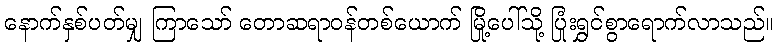
နောက်နှစ်ပတ်မျှ ကြာသော် တောဆရာဝန်တစ်ယောက် မြို့ပေါ်သို့ ပြုံးရွှင်စွာရောက်လာသည်။